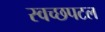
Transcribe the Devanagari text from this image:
स्वच्छपटल